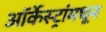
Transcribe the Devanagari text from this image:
ऑर्केस्ट्रांमधून